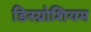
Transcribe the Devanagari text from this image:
डिस्प्रोशियम